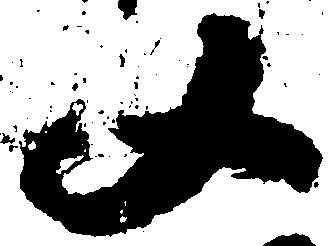
又